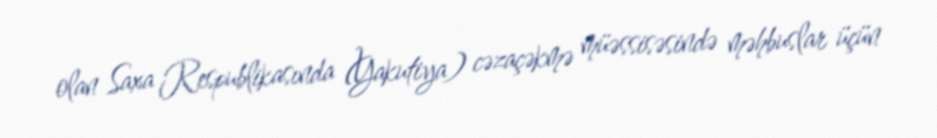
olan Saxa Respublikasında (Yakutiya) cəzaçəkmə müəssisəsində məhbuslar üçün